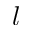
l